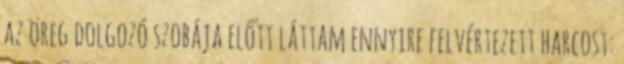
az öreg dolgozó szobája előtt láttam ennyire felvértezett harcost: